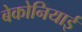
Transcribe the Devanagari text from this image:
बेकोनियाई